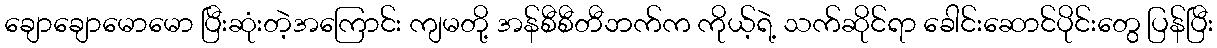
ချောချောမောမော ပြီးဆုံးတဲ့အကြောင်း ကျမတို့ အန်စီစီတီဘက်က ကိုယ့်ရဲ့ သက်ဆိုင်ရာ ခေါင်းဆောင်ပိုင်းတွေ ပြန်ပြီး